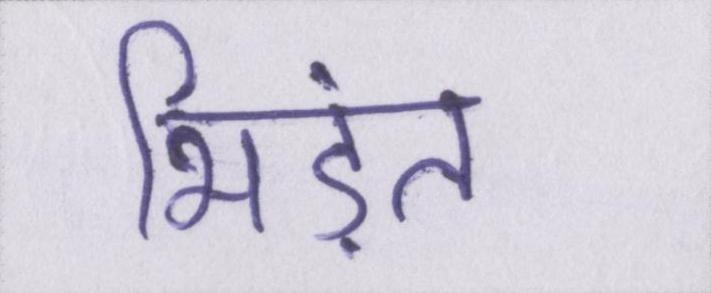
भिड़ंत